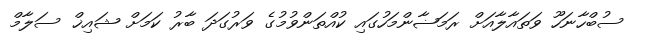
ސުބްހާނަހޫ ވަތައާލާއަށް ރަމަޟާންމަހުގައި ކުއްތަންވުމުގެ ވަރުގަދަ ބާރު ކަމަށް ޝައިޚް ސަލާމް